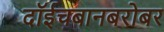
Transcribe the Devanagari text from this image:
दॉईचबानबरोबर